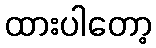
ထားပါတော့